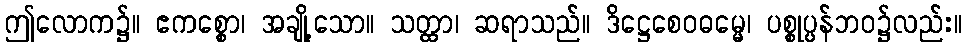
ဤလောက၌။ ဧကစ္စော၊ အချို့သော။ သတ္ထာ၊ ဆရာသည်။ ဒိဋ္ဌေစေဝဓမ္မေ၊ ပစ္စုပ္ပန်ဘဝ၌လည်း။